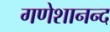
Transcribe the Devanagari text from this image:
गणेशानन्द